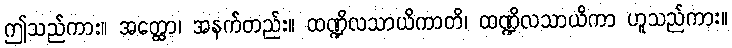
ဤသည်ကား။ အတ္ထော၊ အနက်တည်း။ ထဏ္ဍိလသာယိကာတိ၊ ထဏ္ဍိလသာယိကာ ဟူသည်ကား။